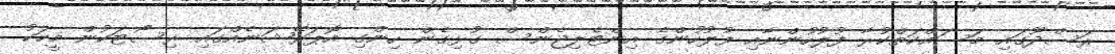
ރަސްދޫގައި މަސައްކަތްކުރާ ފުލުހުންނާއި ފުލުހުންގެ އިންޓެލިޖެންސް ގުޅިގެން ހިންގި އޮޕަރޭޝަނެއްގައި ރިސޯޓަކުން މީހަކު